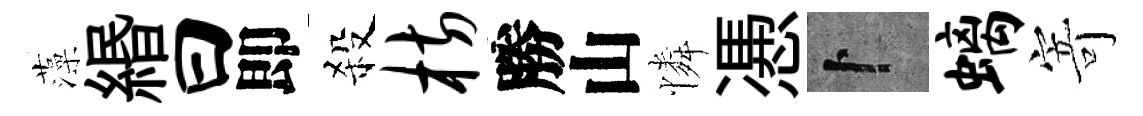
藻緡曰即殺枋勝山憐慿卜螭寄